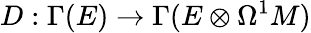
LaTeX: D:\Gamma(E)\rightarrow\Gamma(E\otimes\Omega^{1}M)